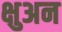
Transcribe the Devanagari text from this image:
क्षुअन